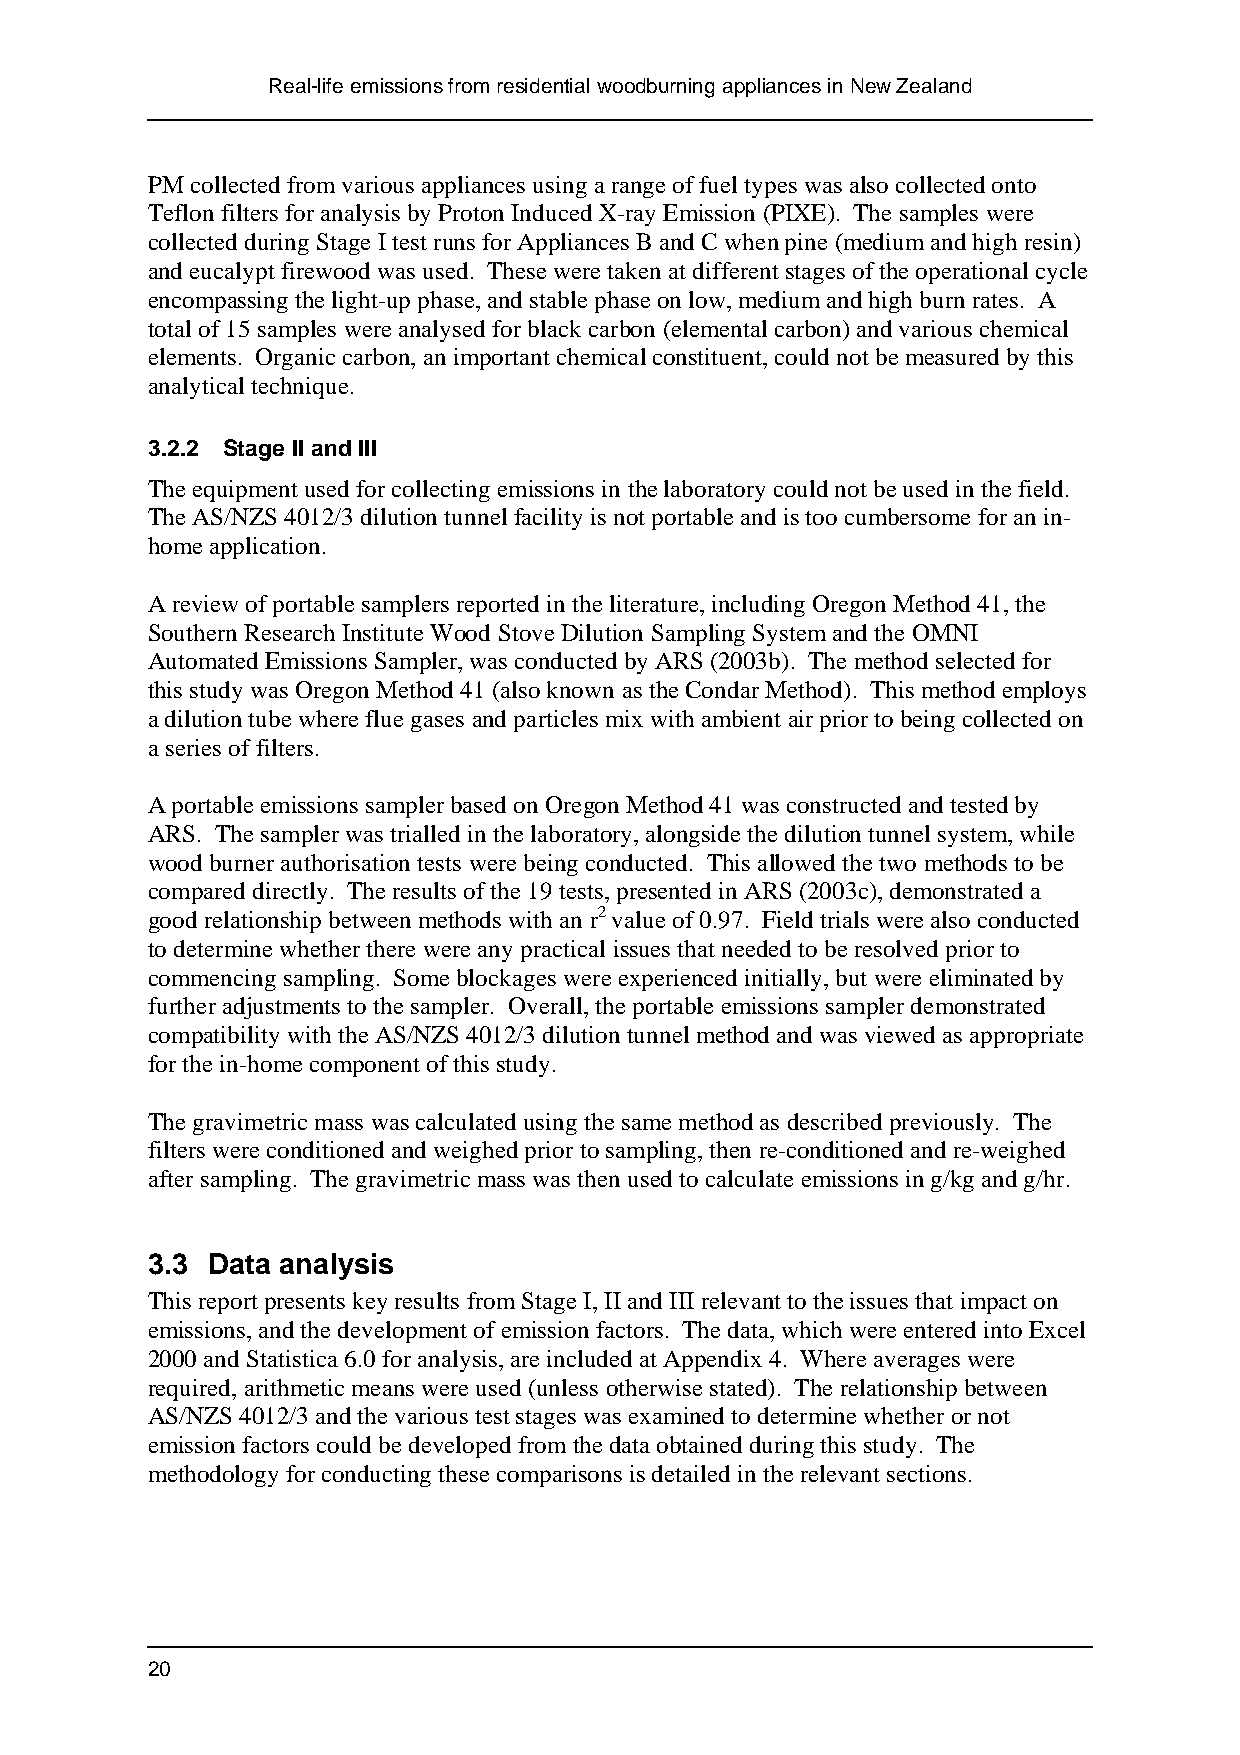
Real-life emissions from residential woodburning appliances in New Zealand
 PM collected from various appliances using a range of fuel types was also collected onto
 Teflon filters for analysis by Proton Induced X-ray Emission (PIXE). The samples were
 collected during Stage I test runs for Appliances B and C when pine (medium and high resin)
 and eucalypt firewood was used. These were taken at different stages of the operational cycle
 encompassing the light-up phase, and stable phase on low, medium and high burn rates. A
 total of 15 samples were analysed for black carbon (elemental carbon) and various chemical
 elements. Organic carbon, an important chemical constituent, could not be measured by this
 analytical technique.
 3.2.2 Stage II and III
 The equipment used for collecting emissions in the laboratory could not be used in the field.
 The AS/NZS 4012/3 dilution tunnel facility is not portable and is too cumbersome for an in-
 home application.
 A review of portable samplers reported in the literature, including Oregon Method 41, the
 Southern Research Institute Wood Stove Dilution Sampling System and the OMNI
 Automated Emissions Sampler, was conducted by ARS (2003b). The method selected for
 this study was Oregon Method 41 (also known as the Condar Method). This method employs
 a dilution tube where flue gases and particles mix with ambient air prior to being collected on
 a series of filters.
 A portable emissions sampler based on Oregon Method 41 was constructed and tested by
 ARS. The sampler was trialled in the laboratory, alongside the dilution tunnel system, while
 wood burner authorisation tests were being conducted. This allowed the two methods to be
 compared directly. The results of the 19 tests, presented in ARS (2003c), demonstrated a
 good relationship between methods with an r2 value of 0.97. Field trials were also conducted
 to determine whether there were any practical issues that needed to be resolved prior to
 commencing sampling. Some blockages were experienced initially, but were eliminated by
 further adjustments to the sampler. Overall, the portable emissions sampler demonstrated
 compatibility with the AS/NZS 4012/3 dilution tunnel method and was viewed as appropriate
 for the in-home component of this study.
 The gravimetric mass was calculated using the same method as described previously. The
 filters were conditioned and weighed prior to sampling, then re-conditioned and re-weighed
 after sampling. The gravimetric mass was then used to calculate emissions in g/kg and g/hr.
 3.3 Data analysis
 This report presents key results from Stage I, II and III relevant to the issues that impact on
 emissions, and the development of emission factors. The data, which were entered into Excel
 2000 and Statistica 6.0 for analysis, are included at Appendix 4. Where averages were
 required, arithmetic means were used (unless otherwise stated). The relationship between
 AS/NZS 4012/3 and the various test stages was examined to determine whether or not
 emission factors could be developed from the data obtained during this study. The
 methodology for conducting these comparisons is detailed in the relevant sections.
 20